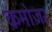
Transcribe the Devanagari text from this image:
कमोजर